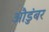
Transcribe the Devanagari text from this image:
औडुंबर